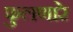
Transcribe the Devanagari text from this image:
फुलणारे